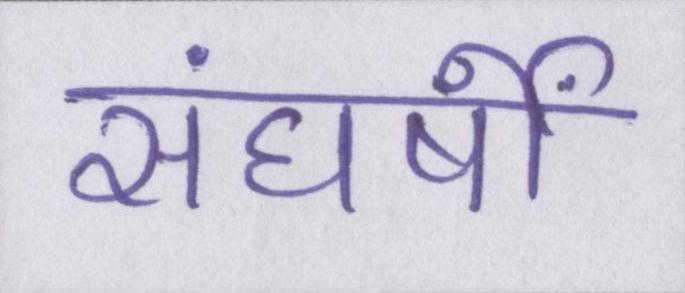
संघर्षों